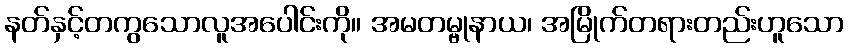
နတ်နှင့်တကွသောလူအပေါင်းကို။ အမတမ္ဗုနာယ၊ အမြိုက်တရားတည်းဟူသော